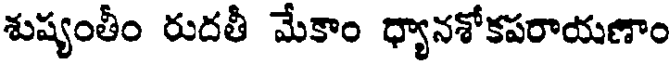
శుష్యంతీం రుదతీ మేకాం ధ్యానశోకపరాయణాం